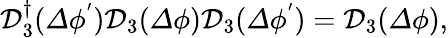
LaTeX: \begin{array}{r}{\mathcal{D}_{3}^{\dagger}({\mathit\Delta\phi^{'}})\mathcal{D}_{3}({\mathit\Delta\phi})\mathcal{D}_{3}({\mathit\Delta\phi^{'}})=\mathcal{D}_{3}({\mathit\Delta\phi}),}\end{array}